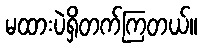
မထားပဲရှိတက်ကြတယ်။